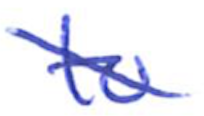
Text: to
Cross-out: diagonal
Writing tool: ballpoint